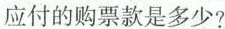
应付的购票款是多少?